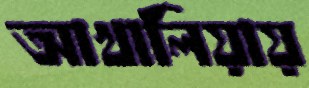
আখালিয়ায়